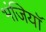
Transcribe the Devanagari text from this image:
भंजियाॅ